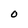
Character: O